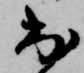
出